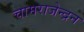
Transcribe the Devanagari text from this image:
चामराजेन्द्रन